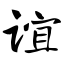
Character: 谊